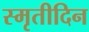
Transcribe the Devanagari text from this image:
स्मृतीदिन